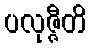
ပလုဇ္ဇီတိ